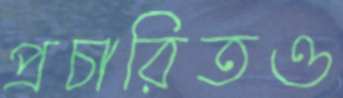
প্রচারিতও